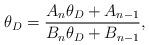
LaTeX: \begin{align*}\theta_D={A_n\theta_D +A_{n-1}\over B_n\theta_D+B_{n-1}},\end{align*}